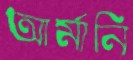
আর্মানি